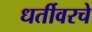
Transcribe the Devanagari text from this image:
धर्तीवरचे